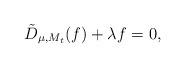
LaTeX: \begin{align*}\tilde D_{\mu,M_t}(f)+\lambda f=0,\end{align*}